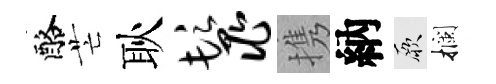
酪芒耿鬣携納厥攔